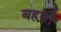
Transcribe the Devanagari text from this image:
बहरते